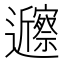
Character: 𬩲